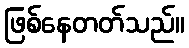
ဖြစ်နေတတ်သည်။